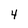
Character: 4